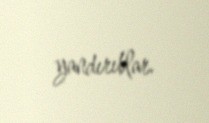
yandırıblar.